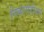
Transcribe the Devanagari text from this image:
निकलोडीयन